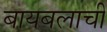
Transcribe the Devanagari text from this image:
बायबलाची